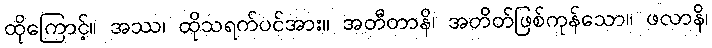
ထိုကြောင့်။ အဿ၊ ထိုသရက်ပင်အား။ အတီတာနိ၊ အတိတ်ဖြစ်ကုန်သော။ ဖလာနိ၊